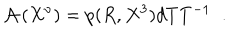
{ \cal A } \left( X ^ { \nu } \right) = p ( R , X ^ { 3 } ) d T T ^ { - 1 } \; \; .